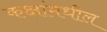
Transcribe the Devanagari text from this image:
कक्षांमधील